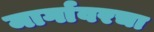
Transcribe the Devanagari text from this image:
मार्गावरचा